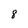
Character: 8